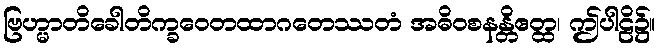
ဗြဟ္မာတိခေါတိက္ခဝေတထာဂတေဿတံ အဓိဝစနန္တိဧတ္ထ၊ ဤပါဠိ၌။